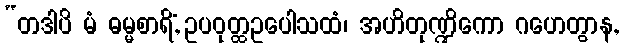
“တဒါပိ မံ ဓမ္မစာရိံ, ဥပဝုတ္ထဥပေါသထံ၊ အဟိတုဏ္ဍိကော ဂဟေတွာန,